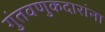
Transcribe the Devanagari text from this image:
गुंतवणुकदारांना